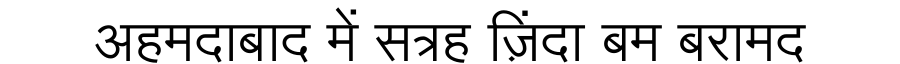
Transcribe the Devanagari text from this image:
अहमदाबाद में सत्रह ज़िंदा बम बरामद